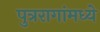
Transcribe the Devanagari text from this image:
पुत्ररागांमध्ये